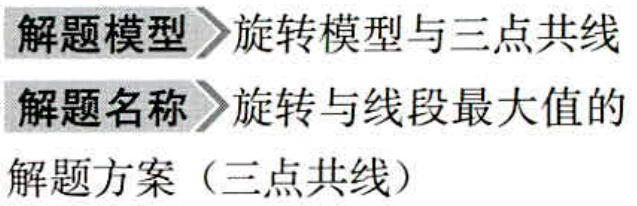
解题模型>>旋转模型与三点共线
解题名称>>旋转与线段最大值的
解题方案（三点共线）